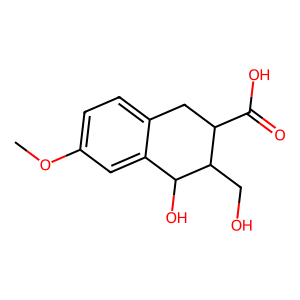
SMILES: COc1ccc2c(c1)C(O)C(CO)C(C(=O)O)C2
Inhibits HIV replication: No